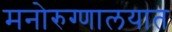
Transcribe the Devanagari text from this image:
मनोरुग्णालयात